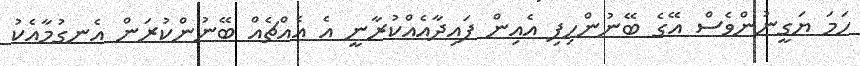
ހަމަ ޔަގީނުންވެސް އޭގެ ބޭނުންހިފި އެއިން ފައިދާއެއްކުރާނީ އެ އެއްޗެއް ބޭނުންކުރަން އެނގުމާއެކު